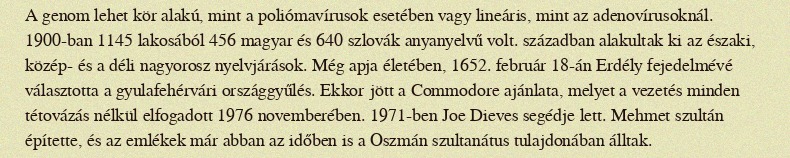
A genom lehet kör alakú, mint a poliómavírusok esetében vagy lineáris, mint az adenovírusoknál. 1900-ban 1145 lakosából 456 magyar és 640 szlovák anyanyelvű volt. században alakultak ki az északi, közép- és a déli nagyorosz nyelvjárások. Még apja életében, 1652. február 18-án Erdély fejedelmévé választotta a gyulafehérvári országgyűlés. Ekkor jött a Commodore ajánlata, melyet a vezetés minden tétovázás nélkül elfogadott 1976 novemberében. 1971-ben Joe Dieves segédje lett. Mehmet szultán építette, és az emlékek már abban az időben is a Oszmán szultanátus tulajdonában álltak.